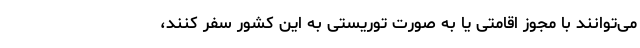
می‌توانند با مجوز اقامتی یا به صورت توریستی به این کشور سفر کنند،